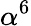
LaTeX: \alpha^{6}